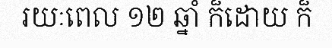
រយៈពេល ១២ ឆ្នាំ ក៏ដោយ ក៏